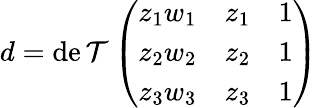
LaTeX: d=\operatorname*{de\mathcal{T}}{\left(\begin{array}{lll}{z_{1}w_{1}}&{z_{1}}&{1}\\ {z_{2}w_{2}}&{z_{2}}&{1}\\ {z_{3}w_{3}}&{z_{3}}&{1}\end{array}\right)}